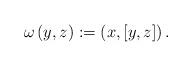
LaTeX: \begin{align*}\omega\left(y,z\right):=\left(x,\left[y,z\right]\right).\end{align*}